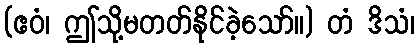
(ဧဝံ၊ ဤသို့မတတ်နိုင်ခဲ့သော်။) တံ ဒိသံ၊